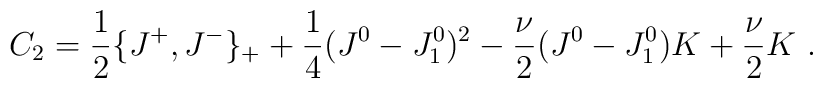
C_2= {1 \over 2}\{ J^+, J^- \}_+ + {1 \over 4} (J^0-J_1^0)^2 - {\nu \over 2} (J^0-J_1^0) K + {\nu \over 2}K \ .